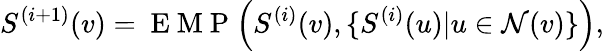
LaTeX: S^{(i+1)}(v)=\mathrm{~E~M~P~}\Big(S^{(i)}(v),\{ S^{(i)}(u)|u\in\mathcal{N}(v)\} \Big),